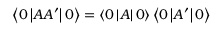
\left\langle 0 \left| A A ^ { \prime } \right| 0 \right\rangle = \left\langle 0 \left| A \right| 0 \right\rangle \left\langle 0 \left| A ^ { \prime } \right| 0 \right\rangle